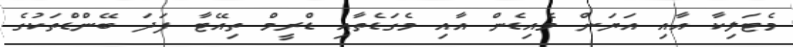
މެޓަލިކާ އާއި އަޔަން މެއިޑެން އާއި މެގަޑެތާއި ޑްރީމް ތިއޭޓާ ފަދަ ބޭންޑްތަކުގެ